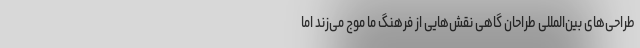
طراحی‌های بین‌المللی طراحان گاهی نقش‌هایی از فرهنگ ما موج می‌زند اما